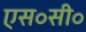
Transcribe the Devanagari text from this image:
एस॰सी॰